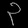
Digit: ၃